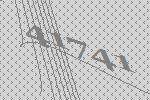
41741